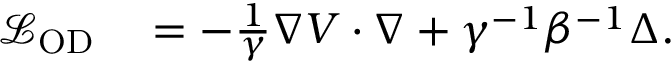
\begin{array} { r l } { \mathcal { L } _ { \mathrm { O D } } } & { { } = - \frac { 1 } { \gamma } \nabla V \cdot \nabla + \gamma ^ { - 1 } \beta ^ { - 1 } \Delta . } \end{array}